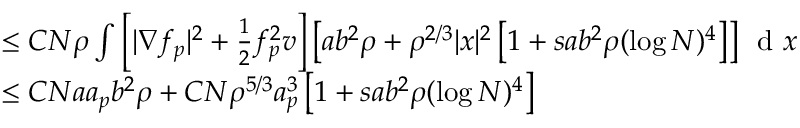
\begin{array} { r l } & { \leq C N \rho \int \left[ | \nabla f _ { p } | ^ { 2 } + \frac { 1 } { 2 } f _ { p } ^ { 2 } v \right] \left[ a b ^ { 2 } \rho + \rho ^ { 2 / 3 } | x | ^ { 2 } \left[ 1 + s a b ^ { 2 } \rho ( \log N ) ^ { 4 } \right] \right] \, \textnormal { d } x } \\ & { \leq C N a a _ { p } b ^ { 2 } \rho + C N \rho ^ { 5 / 3 } a _ { p } ^ { 3 } \left[ 1 + s a b ^ { 2 } \rho ( \log N ) ^ { 4 } \right] } \end{array}